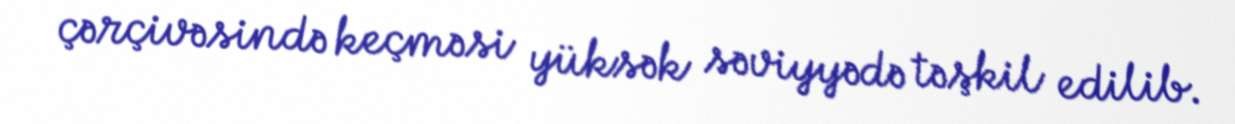
çərçivəsində keçməsi yüksək səviyyədə təşkil edilib.